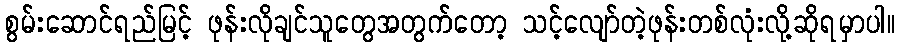
စွမ်းဆောင်ရည်မြင့် ဖုန်းလိုချင်သူတွေအတွက်တော့ သင့်လျော်တဲ့ဖုန်းတစ်လုံးလို့ဆိုရမှာပါ။